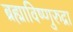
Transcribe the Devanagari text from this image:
ब्रह्माविष्णुरुद्रा